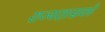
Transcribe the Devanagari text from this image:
राज्यशासकों